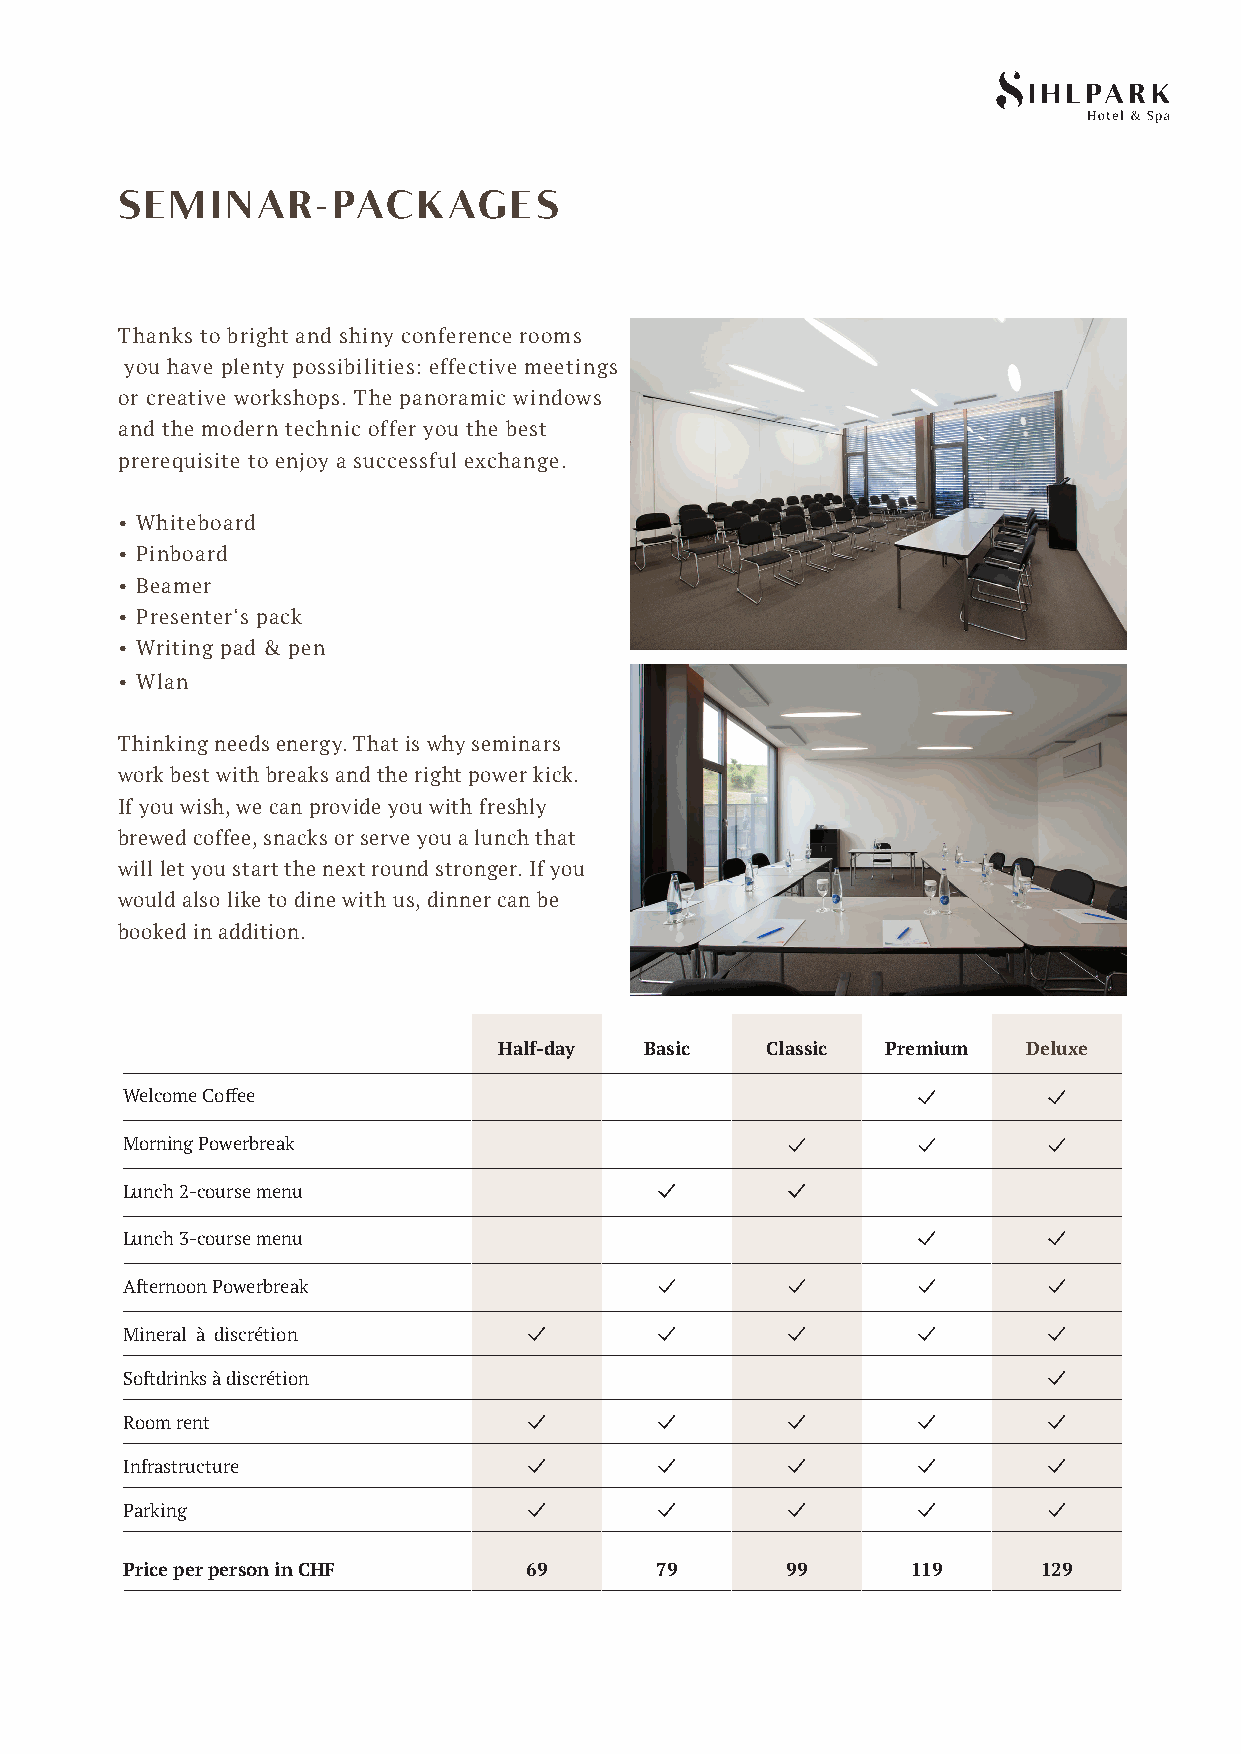
SEMINAR-PACKAGES
 Thanks to bright and shiny conference rooms
 you have plenty possibilities: effective meetings
 or creative workshops. The panoramic windows
 and the modern technic offer you the best
 prerequisite to enjoy a successful exchange.
 • Whiteboard
 • Pinboard
 • Beamer
 • Presenter‘s pack
 • Writing pad & pen
 • Wlan
 Thinking needs energy. That is why seminars
 work best with breaks and the right power kick.
 If you wish, we can provide you with freshly
 brewed coffee, snacks or serve you a lunch that
 will let you start the next round stronger. If you
 would also like to dine with us, dinner can be
 booked in addition.
 Half-day  Basic   Classic Premium  Deluxe
 Welcome Coffee
 Morning Powerbreak
 Lunch 2-course menu
 Lunch 3-course menu
 Afternoon Powerbreak
 Mineral à discrétion
 Softdrinks à discrétion
 Room rent
 Infrastructure
 Parking
 Price per person in CHF    69      79       99      119      129